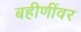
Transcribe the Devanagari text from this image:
बहीणींवर